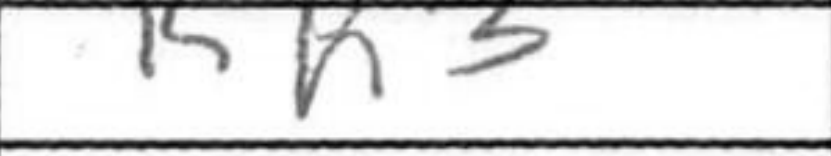
Transcription: Kh3